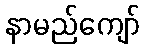
နာမည်ကျော်